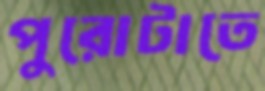
পুরোটাতে